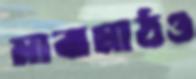
মাঝমাঠও